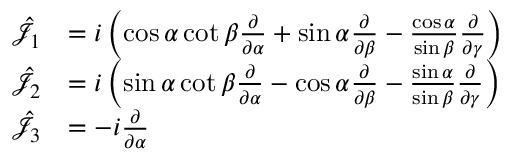
{ \begin{array} { r l } { { \hat { \mathcal { J } } } _ { 1 } } & { = i \left( \cos \alpha \cot \beta { \frac { \partial } { \partial \alpha } } + \sin \alpha { \frac { \partial } { \partial \beta } } - { \frac { \cos \alpha } { \sin \beta } } { \frac { \partial } { \partial \gamma } } \right) } \\ { { \hat { \mathcal { J } } } _ { 2 } } & { = i \left( \sin \alpha \cot \beta { \frac { \partial } { \partial \alpha } } - \cos \alpha { \frac { \partial } { \partial \beta } } - { \frac { \sin \alpha } { \sin \beta } } { \frac { \partial } { \partial \gamma } } \right) } \\ { { \hat { \mathcal { J } } } _ { 3 } } & { = - i { \frac { \partial } { \partial \alpha } } } \end{array} }